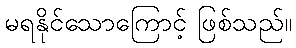
မရနိုင်သောကြောင့် ဖြစ်သည်။